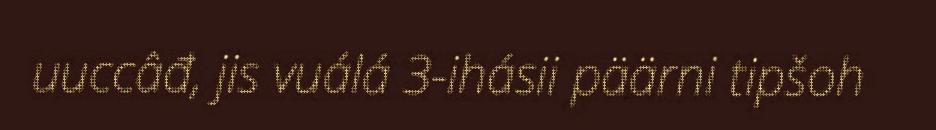
uuccâđ, jis vuálá 3-ihásii päärni tipšoh